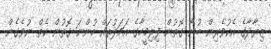
ޒިޔާދާގެ އެކުވެރިން ބުނާ ގޮތުން ފިރިމީހާގެ އަމަލުތައް ހުންނަ ގޮތުން ކެތް ނުވެގެން